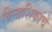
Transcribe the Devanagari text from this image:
विनाशिकांचे